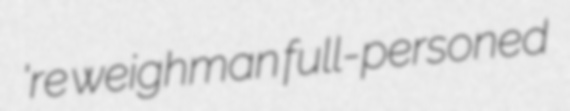
're weighman full-personed